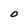
Character: O